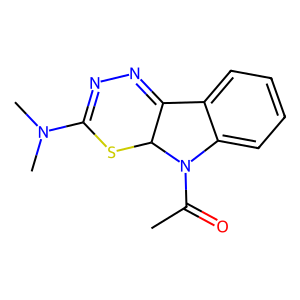
SMILES: CC(=O)N1c2ccccc2C2=NN=C(N(C)C)SC21
Inhibits HIV replication: No